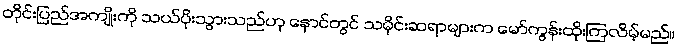
တိုင်းပြည်အကျိုးကို သယ်ပိုးသွားသည်ဟု နောင်တွင် သမိုင်းဆရာများက မော်ကွန်းထိုးကြလိမ့်မည်။